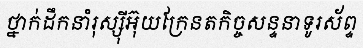
ថ្នាក់ដឹកនាំរុស្ស៊ីអ៊ុយក្រែនតកិច្ចសន្ទនាទូរស័ព្ទ